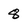
Character: 8